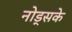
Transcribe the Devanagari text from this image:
नोड्सके